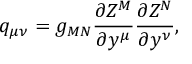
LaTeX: q _ { \mu \nu } = g _ { M N } \frac { \partial Z ^ { M } } { \partial y ^ { \mu } } \frac { \partial Z ^ { N } } { \partial y ^ { \nu } } ,